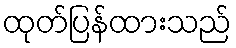
ထုတ်ပြန်ထားသည်